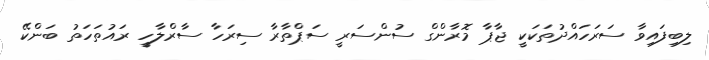
ލިބިފައިވާ ސަރަހައްދުތަކަކީ ޖާޕާ މޮރާންގް ސުންސަރީ ސަޕްތާރާ ސިރަހާ ސާރްލާހީ ރައުތަހަތު ބަންކޭ